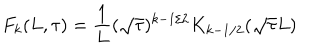
F _ { k } ( L , \tau ) = { \frac { 1 } { L } } ( \sqrt { \tau } ) ^ { k - 1 / 2 } K _ { k - 1 / 2 } ( \sqrt { \tau } L )